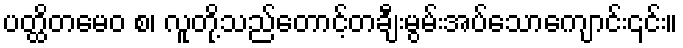
ပတ္ထိတမေဝ စ၊ လူတို့သည်တောင့်တချီးမွမ်းအပ်သောကျောင်း၎င်း။